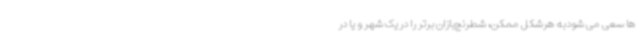
ها سعی می شودبه هرشکل ممکن، شطرنج‌بازان برتر را در یک شهر و یا در